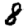
Digit: 8